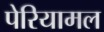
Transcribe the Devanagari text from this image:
पेरियामल